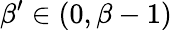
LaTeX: \beta^{\prime}\in(0,\beta-1)